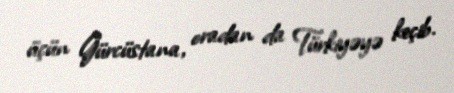
üçün Gürcüstana, oradan da Türkiyəyə keçib.